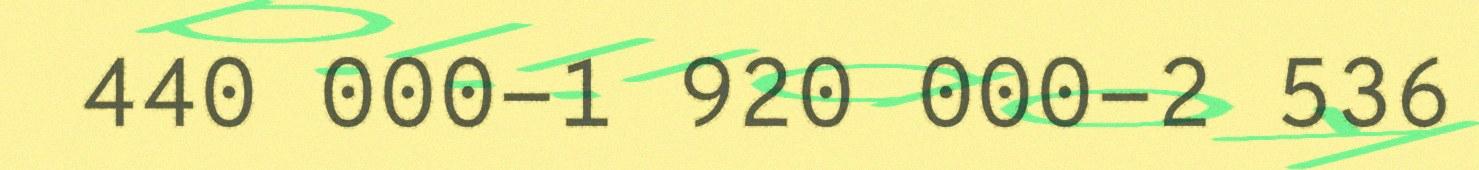
440 000-1 920 000-2 536